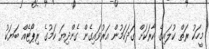
މީހަކު ރަތް ކުލައިގެ ކާރަކަށް ގަދަކަމުން އަރުވައިގެން ގެންދިޔަ ކަމުގެ ރިޕޯޓެއް ބަޔަކު